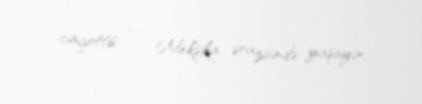
cagottis — Meksika ərazisində yaşayır.